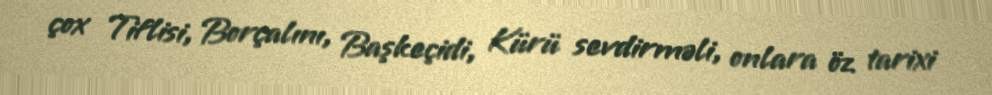
çox Tiflisi, Borçalını, Başkeçidi, Kürü sevdirməli, onlara öz tarixi